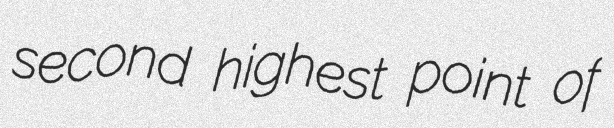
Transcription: second highest point of